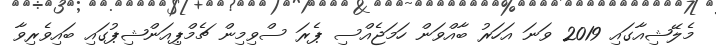
މެލޭޝިއާގައި 2019 ވަނަ އަހަރު ބާއްވަން ހަމަޖެއްސި ޕެރަ ސްވިމިން ޗެމްޕިއަންޝިޕުގައި ބައިވެރިވާ